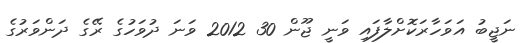
ނަޖީބު އަވަހާރަކޮށްލާފައި ވަނީ ޖޫން 30 2012 ވަނަ ދުވަހުގެ ރޭގެ ދަންވަރުގެ